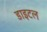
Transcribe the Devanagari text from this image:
डाइटल